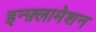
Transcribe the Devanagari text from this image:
इन्फ़्लामेशन